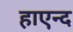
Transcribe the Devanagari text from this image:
हाएन्द